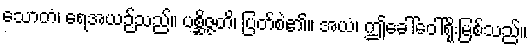
သောတံ၊ ရေအယဉ်သည်။ ပစ္ဆိဇ္ဇတိ၊ ပြတ်စဲ၏။ အယံ၊ ဤခေါ်ဝေါ်ရိုးမြစ်သည်။